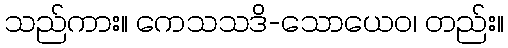
သည်ကား။ ကေသသဒိ-သောယေဝ၊ တည်း။